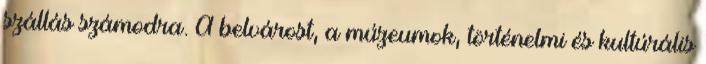
szállás számodra. A belvárost, a múzeumok, történelmi és kultúrális